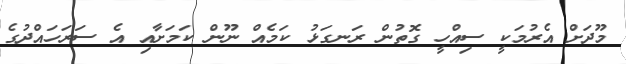
މޫދަށް އެރުމަކީ ސިއްހީ ގޮތުން ރަނގަޅު ކަމެއް ނޫން ކަމަށާއި އެ ސަރަހައްދުގެ